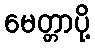
မေတ္တာပို့